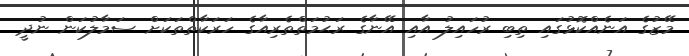
މޭޒުގެ އަނެއްކޮޅުގައި ތިބި ރުހައިލު އާއި އޭނާގެ ރަޙުމަތްތެރިއާގެ ހަރަކާތްތަކަށް ސަމާލުކަން ނުދީ